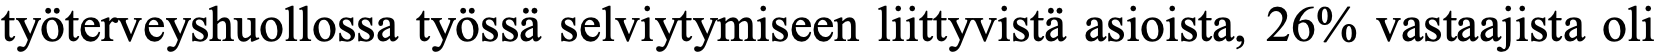
työterveyshuollossa työssä selviytymiseen liittyvistä asioista, 26% vastaajista oli